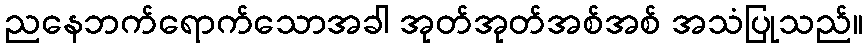
ညနေဘက်ရောက်သောအခါ အုတ်အုတ်အစ်အစ် အသံပြုသည်။